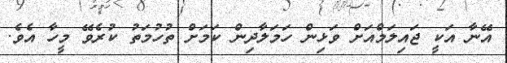
އޭނާ އަކީ ޖައިލަމްއަށް ވަޅިން ހަމަލާދިން ކަމަށް ތުހުމަތު ކުރެވޭ މީހާ އެވެ.